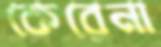
কেরেনা